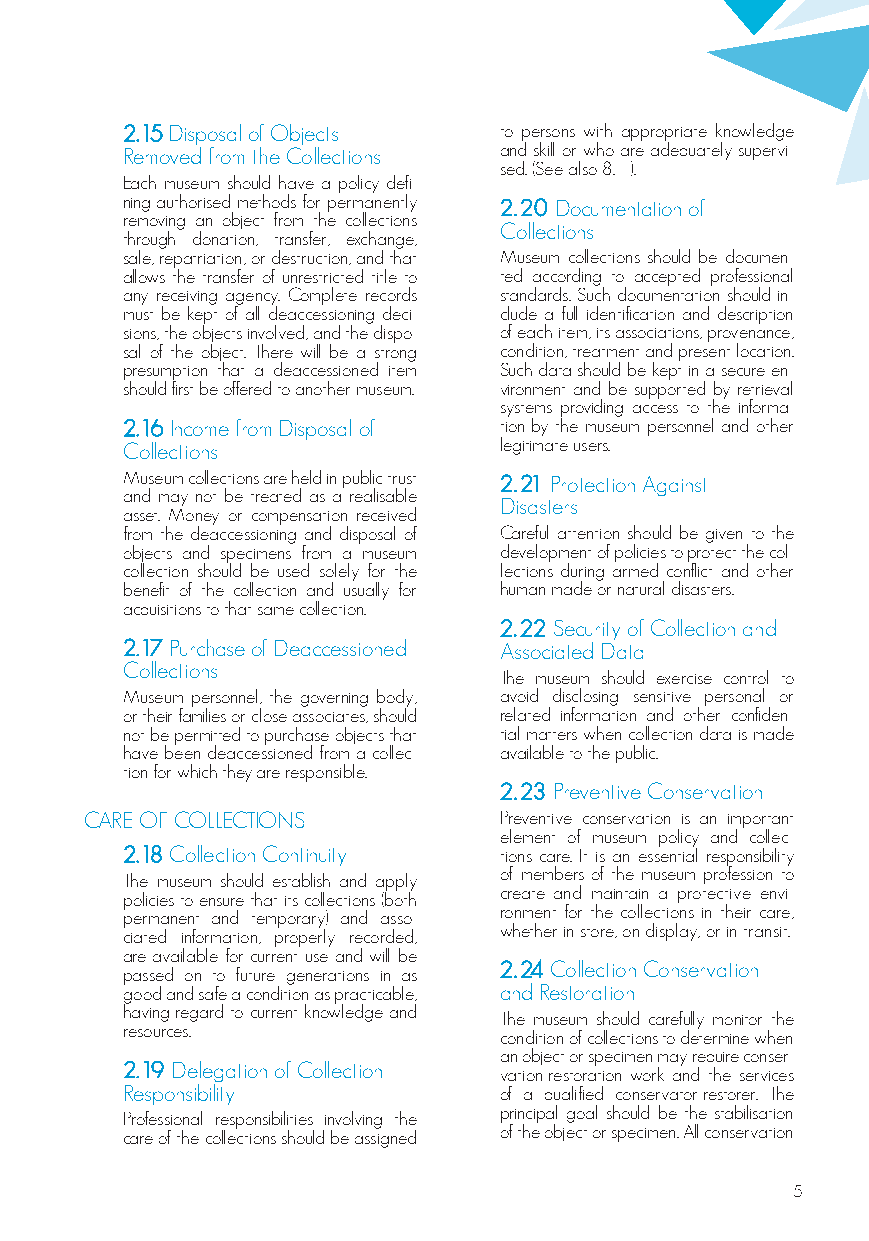
2.15 Disposal of Objects to persons with appropriate knowledge
 Removed from the Collections and skill or who are adequately supervi-
 sed. (See also 8.11).
 Each museum should have a policy defi-
 ning authorised methods for permanently 2.20 Documentation of
 removing an object from the collections
 Collections
 through donation, transfer, exchange,
 sale, repatriation, or destruction, and that Museum collections should be documen-
 allows the transfer of unrestricted title to ted according to accepted professional
 any receiving agency. Complete records standards. Such documentation should in-
 must be kept of all deaccessioning deci- clude a full identification and description
 sions, the objects involved, and the dispo- of each item, its associations, provenance,
 sal of the object. There will be a strong condition, treatment and present location.
 presumption that a deaccessioned item Such data should be kept in a secure en-
 should first be offered to another museum. vironment and be supported by retrieval
 systems providing access to the informa-
 2.16 Income from Disposal of tion by the museum personnel and other
 Collections              legitimate users.
 Museum collections are held in public trust 2.21 Protection Against
 and may not be treated as a realisable
 Disasters
 asset. Money or compensation received
 from the deaccessioning and disposal of Careful attention should be given to the
 objects and specimens from a museum development of policies to protect the col-
 collection should be used solely for the lections during armed conflict and other
 benefit of the collection and usually for human-made or natural disasters.
 acquisitions to that same collection.
 2.22 Security of Collection and
 2.17 Purchase of Deaccessioned Associated Data
 Collections
 The museum should exercise control to
 Museum personnel, the governing body, avoid disclosing sensitive personal or
 or their families or close associates, should related information and other confiden-
 not be permitted to purchase objects that tial matters when collection data is made
 have been deaccessioned from a collec- available to the public.
 tion for which they are responsible.
 2.23 Preventive Conservation
 CARE OF COLLECTIONS        Preventive conservation is an important
 element of museum policy and collec-
 2.18 Collection Continuity tions care. It is an essential responsibility
 of members of the museum profession to
 The museum should establish and apply
 create and maintain a protective envi-
 policies to ensure that its collections (both
 ronment for the collections in their care,
 permanent and temporary) and asso-
 whether in store, on display, or in transit.
 ciated information, properly recorded,
 are available for current use and will be
 2.24 Collection Conservation
 passed on to future generations in as
 good and safe a condition as practicable, and Restoration
 having regard to current knowledge and
 The museum should carefully monitor the
 resources.
 condition of collections to determine when
 an object or specimen may require conser-
 2.19 Delegation of Collection
 vation-restoration work and the services
 Responsibility           of a qualified conservator-restorer. The
 principal goal should be the stabilisation
 Professional responsibilities involving the
 of the object or specimen. All conservation
 care of the collections should be assigned
 5